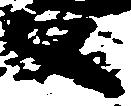
父